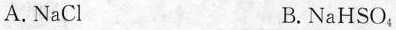
A. NaCl B.NaHSO_{4}